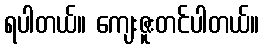
ရပါတယ်။ ကျေးဇူးတင်ပါတယ်။